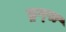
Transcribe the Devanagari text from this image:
ड्रग्‍स